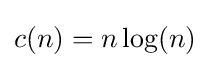
c(n)=n\log(n)